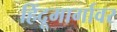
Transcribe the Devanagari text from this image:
हिंदूमार्गावर